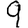
Digit: 9